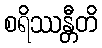
စရိဿန္တီတိ